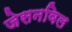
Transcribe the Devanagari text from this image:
जेसनविल